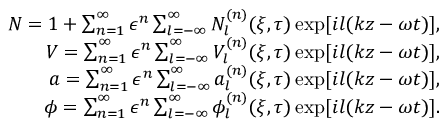
\begin{array} { r } { N = 1 + \sum _ { n = 1 } ^ { \infty } \epsilon ^ { n } \sum _ { l = - \infty } ^ { \infty } N _ { l } ^ { ( n ) } ( \xi , \tau ) \exp [ i l ( k z - \omega t ) ] , } \\ { V = \sum _ { n = 1 } ^ { \infty } \epsilon ^ { n } \sum _ { l = - \infty } ^ { \infty } V _ { l } ^ { ( n ) } ( \xi , \tau ) \exp [ i l ( k z - \omega t ) ] , } \\ { a = \sum _ { n = 1 } ^ { \infty } \epsilon ^ { n } \sum _ { l = - \infty } ^ { \infty } a _ { l } ^ { ( n ) } ( \xi , \tau ) \exp [ i l ( k z - \omega t ) ] , } \\ { \phi = \sum _ { n = 1 } ^ { \infty } \epsilon ^ { n } \sum _ { l = - \infty } ^ { \infty } \phi _ { l } ^ { ( n ) } ( \xi , \tau ) \exp [ i l ( k z - \omega t ) ] . } \end{array}